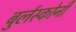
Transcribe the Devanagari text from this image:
बुर्लस्कोनी